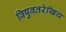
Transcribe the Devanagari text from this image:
विषुवतरेखिय